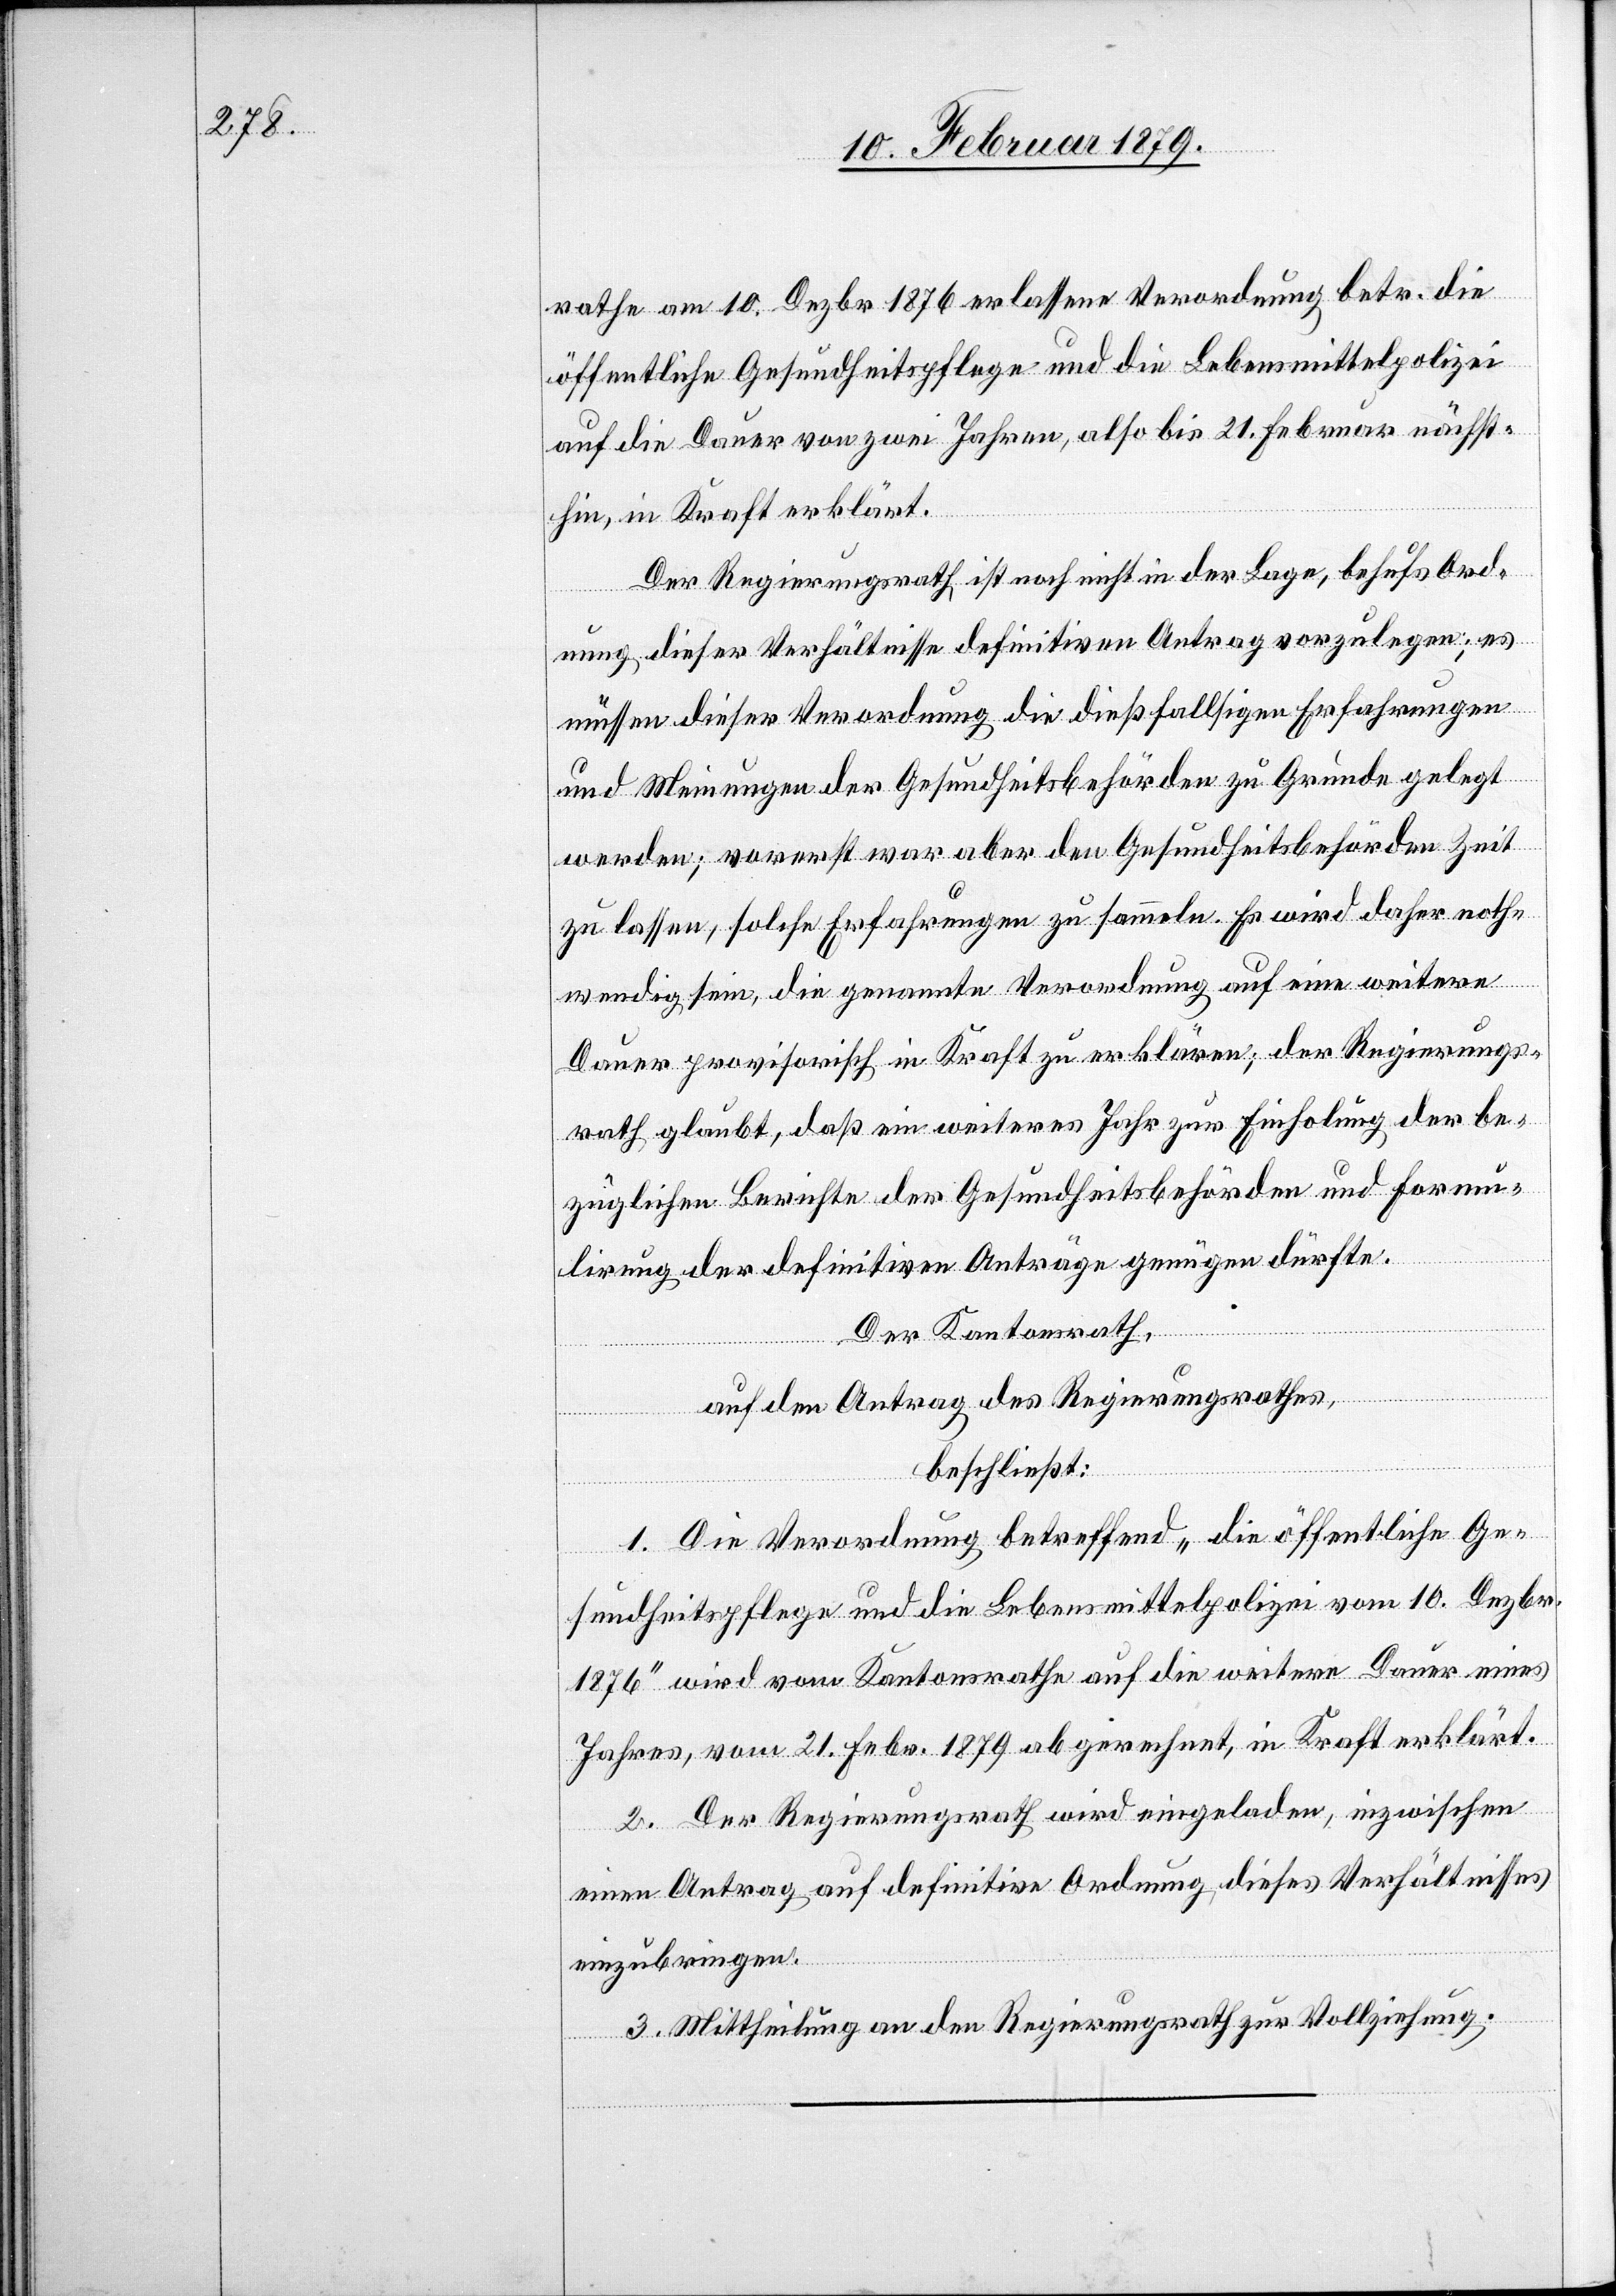
rathe am 10. Dezbr. 1876 erlassene Verordnung betr. die
öffentliche Gesundheitspflege und die Lebensmittelpolizei
auf die Dauer von zwei Jahren, also bis 21. Februar nächst¬
hin, in Kraft erklärt.
Der Regierungsrath ist noch nicht in der Lage, behufs Ord¬
nung dieser Verhältnisse definitiven Antrag vorzulegen; es
müssen dieser Verordnung die dießfallsigen Erfahrungen
und Meinungen der Gesundheitsbehörden zu Grunde gelegt
werden; vorerst war aber den Gesundheitsbehörden Zeit
zu lassen, solche Erfahrungen zu sammeln. Es wird daher noth¬
wendig sein, die genannte Verordnung auf eine weitere
Dauer provisorisch in Kraft zu erklären; der Regierungs¬
rath glaubt, daß ein weiteres Jahr zur Einholung der be¬
züglichen Berichte der Gesundheitsbehörden und Formu¬
lirung der definitiven Anträge genügen dürfte.
Der Kantonsrath,
auf den Antrag des Regierungsrathes,
beschließt:
1. Die Verordnung betreffend „die öffentliche Ge¬
sundheitspflege und die Lebensmittelpolizei vom 10. Dezbr.
1876“ wird vom Kantonsrathe auf die weitere Dauer eines
Jahres, vom 21. Febr. 1879 ab gerechnet, in Kraft erklärt.
2. Der Regierungsrath wird eingeladen, inzwischen
einen Antrag auf definitive Ordnung dieses Verhältnisses
einzubringen.
3. Mittheilung an den Regierungsrath zur Vollziehung.